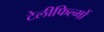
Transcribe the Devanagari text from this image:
टेलीफिल्मों